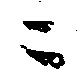
ニ